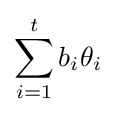
\sum _{i=1}^{t}b_{i}\theta _{i}